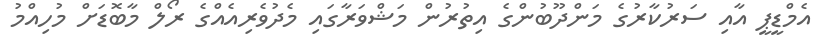
އެމްޑީޕީ އާއި ސަރުކާރުގެ މަންދޫބުންގެ އިތުރުން މަޝްވަރާގައި މެދުވެރިއެއްގެ ރޯލް މާބޮޑަށް މުހިއްމު